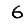
Digit: 6